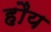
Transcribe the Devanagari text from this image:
हौय